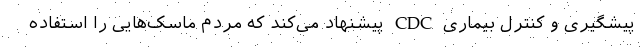
پیشگیری و کنترل بیماری CDC پیشنهاد می‌کند که مردم ماسک‌هایی را استفاده